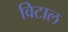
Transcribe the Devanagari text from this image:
विटाल